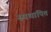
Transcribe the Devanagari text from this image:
स्पथापित